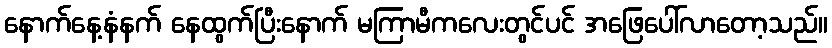
နောက်နေ့နံနက် နေထွက်ပြီးနောက် မကြာမီကလေးတွင်ပင် အဖြေပေါ်လာတော့သည်။